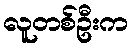
လူတစ်ဦးက